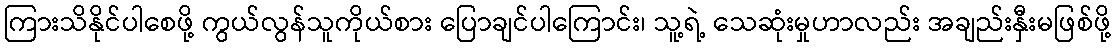
ကြားသိနိုင်ပါစေဖို့ ကွယ်လွန်သူကိုယ်စား ပြောချင်ပါကြောင်း၊ သူ့ရဲ့ သေဆုံးမှုဟာလည်း အချည်းနှီးမဖြစ်ဖို့